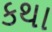
કથા